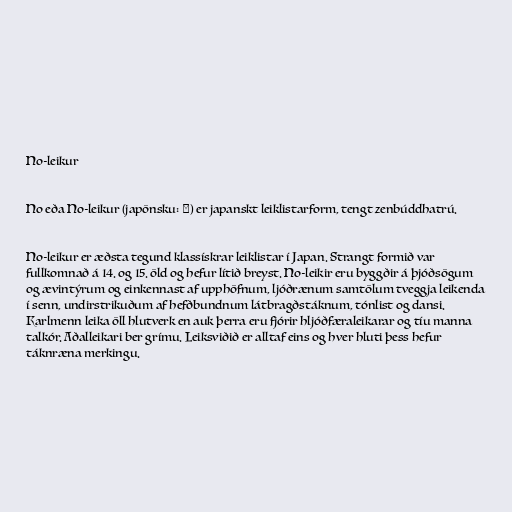
No-leikur

No eða No-leikur (japönsku: 能) er japanskt leiklistarform, tengt zenbúddhatrú.

No-leikur er æðsta tegund klassískrar leiklistar í Japan. Strangt formið var
fullkomnað á 14. og 15. öld og hefur lítið breyst. No-leikir eru byggðir á þjóðsögum
og ævintýrum og einkennast af upphöfnum, ljóðrænum samtölum tveggja leikenda
í senn, undirstrikuðum af hefðbundnum látbragðstáknum, tónlist og dansi.
Karlmenn leika öll hlutverk en auk þerra eru fjórir hljóðfæraleikarar og tíu manna
talkór. Aðalleikari ber grímu. Leiksviðið er alltaf eins og hver hluti þess hefur
táknræna merkingu.